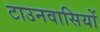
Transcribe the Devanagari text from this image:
टाउनवासियों